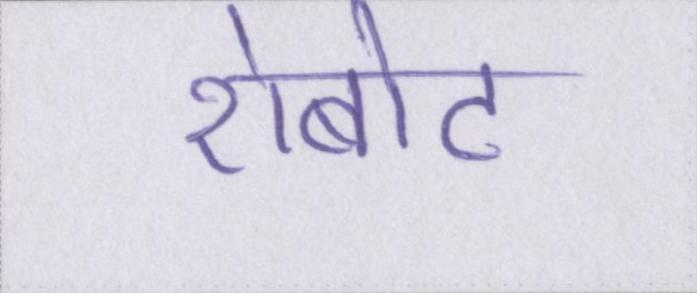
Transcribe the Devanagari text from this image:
रोबोट